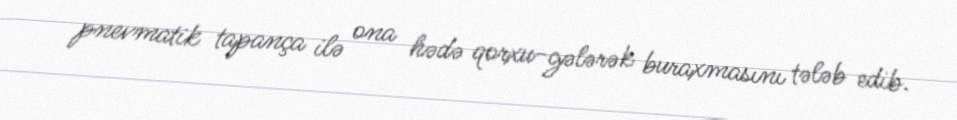
pnevmatik tapança ilə ona hədə qorxu-gələrək buraxmasını tələb edib.